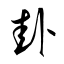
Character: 卦